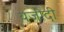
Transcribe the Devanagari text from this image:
यजीदी